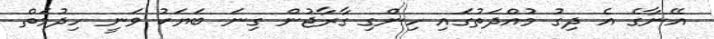
އޭނާގެ އެ ދިގު މުއްދަތުގައި ހިންގި ގާރާޖުން ގިނަ ބަޔަކު ވަނީ ހިދުމަތް